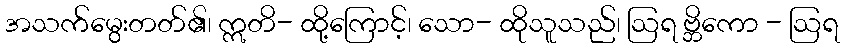
အသက်မွေးတတ်၏၊ ဣတိ- ထို့ကြောင့်၊ သော- ထိုသူသည်၊ ဩရ ဗ္ဘိကော - ဩရ